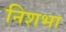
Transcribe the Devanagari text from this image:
निशभा